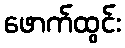
ဖောက်ထွင်း